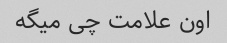
اون علامت چی میگه